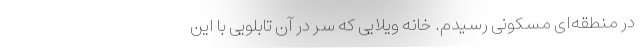
در منطقه‌ای مسکونی رسیدم. خانه‌ ویلایی که سر در آن تابلویی با این